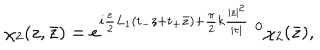
LaTeX: \chi _ { 2 } ( z , \bar { z } ) = e ^ { i \frac { e } { 2 } L _ { 1 } ( t _ { - } z + t _ { + } \bar { z } ) + \frac { \pi } { 2 } k \frac { | z | ^ { 2 } } { | \tau | } } \; ^ { 0 } \chi _ { 2 } ( \bar { z } ) ,